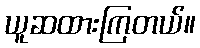
ယူဆထားကြတယ်။